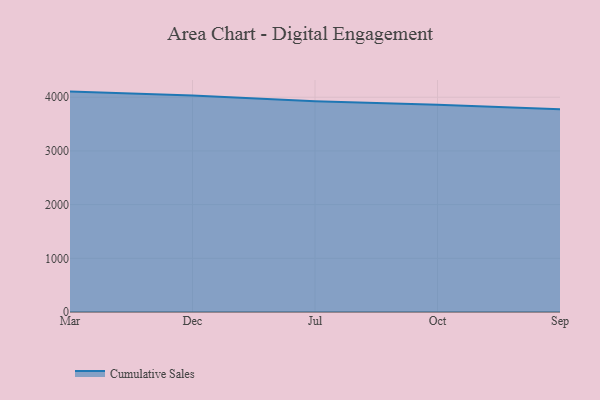
{"axis": {"x": "Month", "y": "Population (Million)"}, "legend": ["Cumulative Sales"], "data": [{"x": "Mar", "y": 4104.6, "type": "Cumulative Sales"}, {"x": "Dec", "y": 4034.1, "type": "Cumulative Sales"}, {"x": "Jul", "y": 3925.9, "type": "Cumulative Sales"}, {"x": "Oct", "y": 3860.9, "type": "Cumulative Sales"}, {"x": "Sep", "y": 3776.3, "type": "Cumulative Sales"}]}